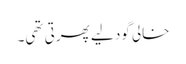
خالی گود لیے پھرتی تھی۔